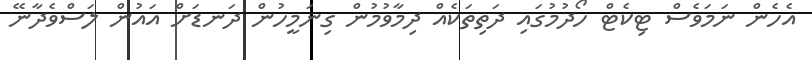
އެހެން ނަމަވެސް ޓިކެޓް ހޯދުމުގައި ދަތިތަކެއް ދިމާވުމުން ގިނަމީހުން ދަނޑަށް އައުން ލަސްވެދާނޭ